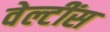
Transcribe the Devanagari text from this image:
वेल्टींस